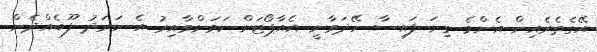
އޭގެތެރެއިން އެންމެ ގިނަ ފައިސާ ހޭދަވާނީ އެއާޕޯޓަށް ކަމަށްވާއިރު އެ ހަރަދު ފޫބެއްދެން